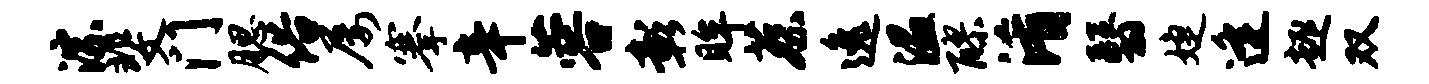
淙斐门腮俗屡搴辛蓉彰眸蔡逸温醪淆翳婕逄趣双